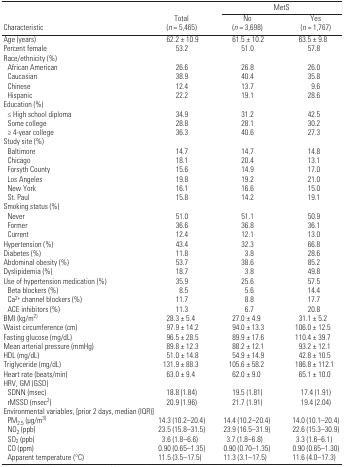
<table><thead><tr><td></td><td></td><td colspan="2"><b>MetS</b></td></tr><tr><td><b>Characteristic</b></td><td><b>Total (<i>n</i> = 5,465)</b></td><td><b>No (<i>n</i> = 3,698)</b></td><td><b>Yes (<i>n</i> = 1,767)</b></td></tr></thead><tbody><tr><td>Age (years)</td><td>62.2 ± 10.9</td><td>61.5 ± 10.2</td><td>63.5 ± 9.8</td></tr><tr><td>Percent female</td><td>53.2</td><td>51.0</td><td>57.8</td></tr><tr><td colspan="4">Race/ethnicity (%)</td></tr><tr><td> African American</td><td>26.6</td><td>26.8</td><td>26.0</td></tr><tr><td> Caucasian</td><td>38.9</td><td>40.4</td><td>35.8</td></tr><tr><td> Chinese</td><td>12.4</td><td>13.7</td><td>9.6</td></tr><tr><td> Hispanic</td><td>22.2</td><td>19.1</td><td>28.6</td></tr><tr><td colspan="4">Education (%)</td></tr><tr><td> ≤ High school diploma</td><td>34.9</td><td>31.2</td><td>42.5</td></tr><tr><td> Some college</td><td>28.8</td><td>28.1</td><td>30.2</td></tr><tr><td> ≥ 4-year college</td><td>36.3</td><td>40.6</td><td>27.3</td></tr><tr><td colspan="4">Study site (%)</td></tr><tr><td> Baltimore</td><td>14.7</td><td>14.7</td><td>14.8</td></tr><tr><td> Chicago</td><td>18.1</td><td>20.4</td><td>13.1</td></tr><tr><td> Forsyth County</td><td>15.6</td><td>14.9</td><td>17.0</td></tr><tr><td> Los Angeles</td><td>19.8</td><td>19.2</td><td>21.0</td></tr><tr><td> New York</td><td>16.1</td><td>16.6</td><td>15.0</td></tr><tr><td> St. Paul</td><td>15.8</td><td>14.2</td><td>19.1</td></tr><tr><td colspan="4">Smoking status (%)</td></tr><tr><td> Never</td><td>51.0</td><td>51.1</td><td>50.9</td></tr><tr><td> Former</td><td>36.6</td><td>36.8</td><td>36.1</td></tr><tr><td> Current</td><td>12.4</td><td>12.1</td><td>13.0</td></tr><tr><td>Hypertension (%)</td><td>43.4</td><td>32.3</td><td>66.8</td></tr><tr><td>Diabetes (%)</td><td>11.8</td><td>3.8</td><td>28.6</td></tr><tr><td>Abdominal obesity (%)</td><td>53.7</td><td>38.6</td><td>85.2</td></tr><tr><td>Dyslipidemia (%)</td><td>18.7</td><td>3.8</td><td>49.8</td></tr><tr><td>Use of hypertension medication (%)</td><td>35.9</td><td>25.6</td><td>57.5</td></tr><tr><td> Beta blockers (%)</td><td>8.5</td><td>5.6</td><td>14.4</td></tr><tr><td> Ca<sup>2+</sup> channel blockers (%)</td><td>11.7</td><td>8.8</td><td>17.7</td></tr><tr><td> ACE inhibitors (%)</td><td>11.3</td><td>6.7</td><td>20.8</td></tr><tr><td>BMI (kg/m<sup>2)</sup></td><td>28.3 ± 5.4</td><td>27.0 ± 4.9</td><td>31.1 ± 5.2</td></tr><tr><td>Waist circumference (cm)</td><td>97.9 ± 14.2</td><td>94.0 ± 13.3</td><td>106.0 ± 12.5</td></tr><tr><td>Fasting glucose (mg/dL)</td><td>96.5 ± 28.5</td><td>89.9 ± 17.6</td><td>110.4 ± 39.7</td></tr><tr><td>Mean arterial pressure (mmHg)</td><td>89.8 ± 12.3</td><td>88.2 ± 12.1</td><td>93.2 ± 12.1</td></tr><tr><td>HDL (mg/dL)</td><td>51.0 ± 14.8</td><td>54.9 ± 14.9</td><td>42.8 ± 10.5</td></tr><tr><td>Triglyceride (mg/dL)</td><td>131.9 ± 88.3</td><td>105.6 ± 58.2</td><td>186.8 ± 112.1</td></tr><tr><td>Heart rate (beats/min)</td><td>63.0 ± 9.4</td><td>62.0 ± 9.0</td><td>65.1 ± 10.0</td></tr><tr><td colspan="4">HRV, GM (GSD)</td></tr><tr><td> SDNN (msec)</td><td>18.8 (1.84)</td><td>19.5 (1.81)</td><td>17.4 (1.91)</td></tr><tr><td> rMSSD (msec<sup>2</sup>)</td><td>20.9 (1.96)</td><td>21.7 (1.91)</td><td>19.4 (2.04)</td></tr><tr><td colspan="4">Environmental variables, [prior 2 days, median (IQR)]</td></tr><tr><td> PM<sub>2.5</sub> (μg/m<sup>3</sup>)</td><td>14.3 (10.2–20.4)</td><td>14.4 (10.2–20.4)</td><td>14.0 (10.1–20.4)</td></tr><tr><td> NO<sub>2</sub> (ppb)</td><td>23.5 (15.8–31.5)</td><td>23.9 (16.5–31.9)</td><td>22.6 (15.3–30.9)</td></tr><tr><td> SO<sub>2</sub> (ppb)</td><td>3.6 (1.8–6.6)</td><td>3.7 (1.8–6.8)</td><td>3.3 (1.6–6.1)</td></tr><tr><td> CO (ppm)</td><td>0.90 (0.65–1.35)</td><td>0.90 (0.70–1.35)</td><td>0.90 (0.65–1.30)</td></tr><tr><td> Apparent temperature (°C)</td><td>11.5 (3.5–17.5)</td><td>11.3 (3.1–17.5)</td><td>11.6 (4.0–17.3)</td></tr></tbody></table>